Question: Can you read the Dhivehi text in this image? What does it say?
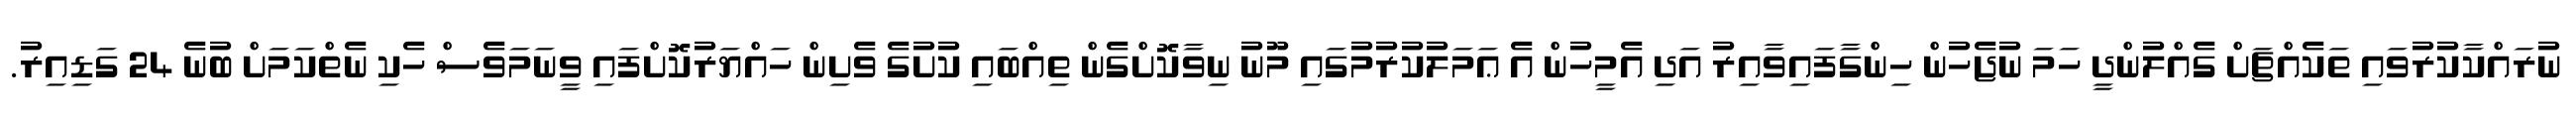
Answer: ނުރައްކާކުރުވައި ތަކެއްޗަށް ގެއްލުންދީ ހަމަ ނުޖެހުން ހިންގާފައިވާއިރު އަދި އެމީހުން އެ ޢަމަލުކުރުމުގައި މޫނު ނިވާކޮށްގެން ތިއްބައި ކުށުގެ ވެށިން ހައްޔަރުކޮށްފައި ވީނަމަވެސް ހެކި ނެތްކަމަށް ބުނެ 24 ގަޑިއިރު.